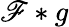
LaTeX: \mathscr{F}*g